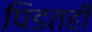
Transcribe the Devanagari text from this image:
पिडतही